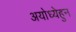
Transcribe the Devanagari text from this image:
अयोध्येहुन